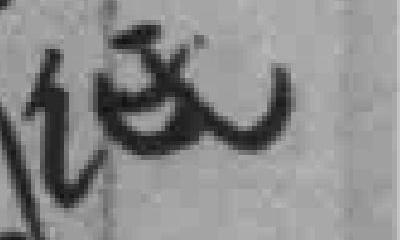
纸